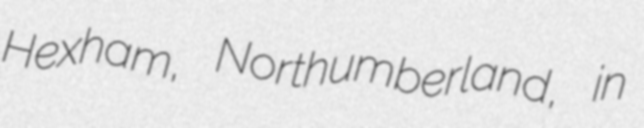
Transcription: Hexham, Northumberland, in